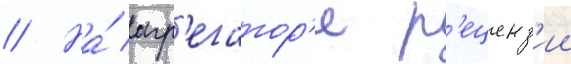
// На́ агр'егатор'е р'еценз'ии